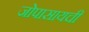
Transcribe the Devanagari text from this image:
जोपासायची